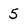
Character: 5